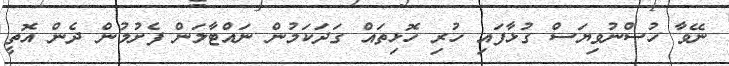
ނޭވާ ހުސްނުވިޔަސް ގުޅާފައި ހުރި ހޮޅިތައް ގަދަކަމުން ނައްޓާލަން ފެށުމުން ދެން އޮތީ